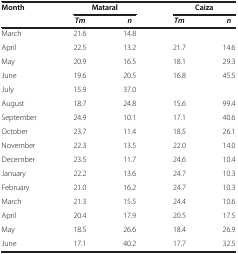
<table><thead><tr><td><b>Month</b></td><td colspan="2"><b>Mataral</b></td><td colspan="2"><b>Caiza</b></td></tr><tr><td><b> </b></td><td><b><i>Tm</i></b></td><td><b><i>n</i></b></td><td><b><i>Tm</i></b></td><td><b><i>n</i></b></td></tr></thead><tbody><tr><td>March</td><td>21.6</td><td>14.8</td><td> </td><td> </td></tr><tr><td>April</td><td>22.5</td><td>13.2</td><td>21.7</td><td>14.6</td></tr><tr><td>May</td><td>20.9</td><td>16.5</td><td>18.1</td><td>29.3</td></tr><tr><td>June</td><td>19.6</td><td>20.5</td><td>16.8</td><td>45.5</td></tr><tr><td>July</td><td>15.9</td><td>37.0</td><td> </td><td> </td></tr><tr><td>August</td><td>18.7</td><td>24.8</td><td>15.6</td><td>99.4</td></tr><tr><td>September</td><td>24.9</td><td>10.1</td><td>17.1</td><td>40.6</td></tr><tr><td>October</td><td>23.7</td><td>11.4</td><td>18.5</td><td>26.1</td></tr><tr><td>November</td><td>22.3</td><td>13.5</td><td>22.0</td><td>14.0</td></tr><tr><td>December</td><td>23.5</td><td>11.7</td><td>24.6</td><td>10.4</td></tr><tr><td>January</td><td>22.2</td><td>13.6</td><td>24.7</td><td>10.3</td></tr><tr><td>February</td><td>21.0</td><td>16.2</td><td>24.7</td><td>10.3</td></tr><tr><td>March</td><td>21.3</td><td>15.5</td><td>24.4</td><td>10.6</td></tr><tr><td>April</td><td>20.4</td><td>17.9</td><td>20.5</td><td>17.5</td></tr><tr><td>May</td><td>18.5</td><td>26.6</td><td>18.4</td><td>26.9</td></tr><tr><td>June</td><td>17.1</td><td>40.2</td><td>17.7</td><td>32.5</td></tr></tbody></table>